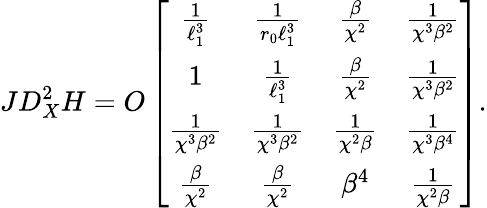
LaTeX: JD_{X}^{2}H=O\left[\begin{array}{cccccc}{\frac{1}{\ell_{1}^{3}}}&{\frac{1}{r_{0}\ell_{1}^{3}}}&{\frac{\beta}{\chi^{2}}}&{\frac{1}{\chi^{3}\beta^{2}}}\\ {1}&{\frac{1}{\ell_{1}^{3}}}&{\frac{\beta}{\chi^{2}}}&{\frac{1}{\chi^{3}\beta^{2}}}\\ {\frac{1}{\chi^{3}\beta^{2}}}&{\frac{1}{\chi^{3}\beta^{2}}}&{\frac{1}{\chi^{2}\beta}}&{\frac{1}{\chi^{3}\beta^{4}}}\\ {\frac{\beta}{\chi^{2}}}&{\frac{\beta}{\chi^{2}}}&{\beta^{4}}&{\frac{1}{\chi^{2}\beta}}\end{array}\right].